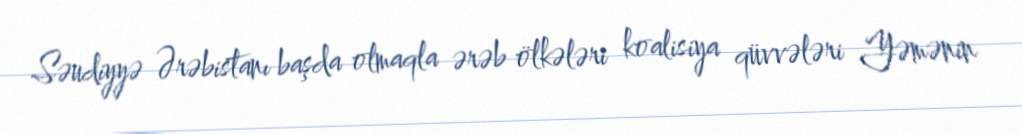
Səudiyyə Ərəbistanı başda olmaqla ərəb ölkələri koalisiya qüvvələri Yəmənin